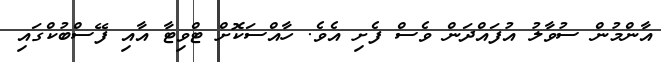
އާންމުން ސުވާލު އުފައްދަން ވެސް ފެށި އެވެ. ހާއްސަކޮށް ޓްވިޓާ އާއި ފޭސްބުކްގައި